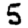
Digit: 5